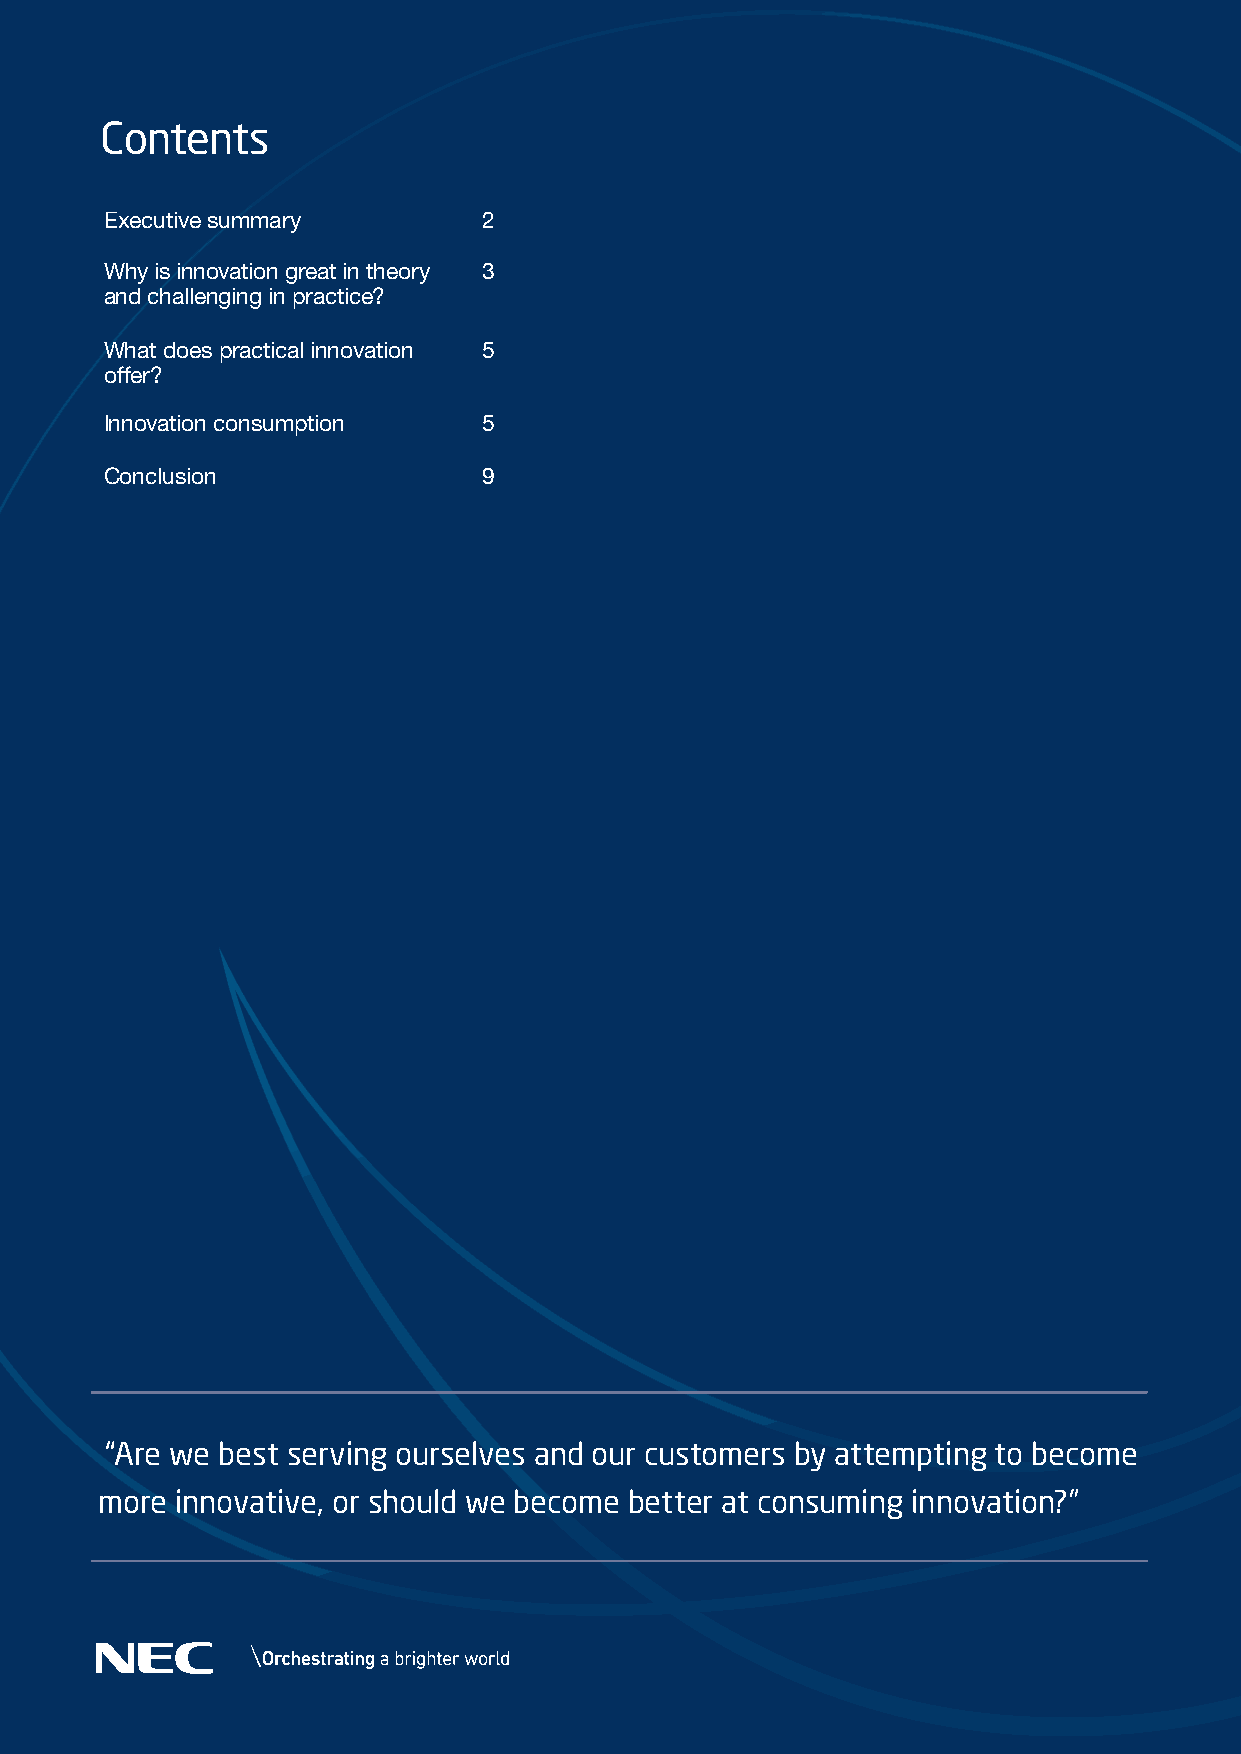
Contents
 Executive summary        2
 Why is innovation great in theory 3
 and challenging in practice?
 What does practical innovation 5
 offer?
 Innovation consumption   5
 Conclusion               9
 “Are we best serving ourselves and our customers by attempting to become
 more  innovative, or should we become better at consuming innovation?”